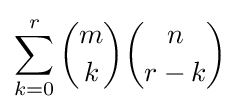
\sum _{k=0}^{r}{m \choose k}{n \choose r-k}